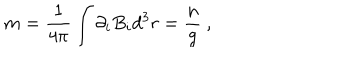
LaTeX: m = \frac { 1 } { 4 \pi } \int { \partial _ { i } B _ { i } d ^ { 3 } r } = \frac { n } { g } \ ,